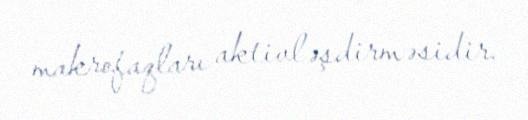
makrofaqları aktivləşdirməsidir.